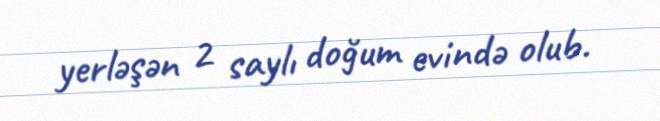
yerləşən 2 saylı doğum evində olub.